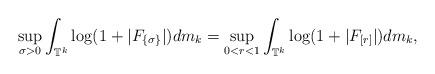
LaTeX: \begin{align*}\sup_{\sigma>0}\int_{\mathbb{T}^k}\log(1+|F_{\{\sigma\}}|)dm_k=\sup_{0<r<1}\int_{\mathbb{T}^k}\log(1+|F_{[r]}|)dm_k,\end{align*}